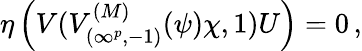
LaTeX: \eta\left(V(V_{(\infty^{p},-1)}^{(M)}(\psi)\chi,1)U\right)=0\, ,